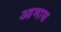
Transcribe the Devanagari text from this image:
आमास